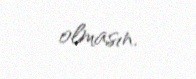
olmasın.